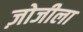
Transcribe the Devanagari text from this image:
ज़ोजीला